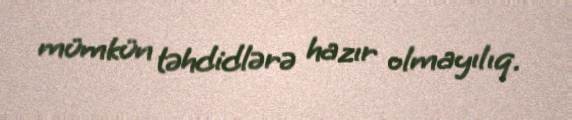
mümkün təhdidlərə hazır olmayılıq.